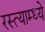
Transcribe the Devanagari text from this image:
रस्त्याम्ध्ये